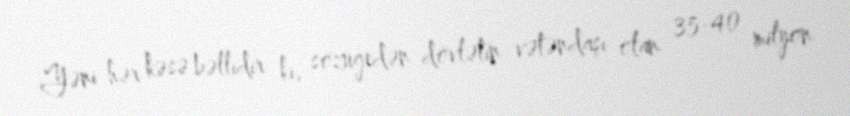
Yəni hər kəsə bəllidir ki, sözügedən dövlətin vətəndaşı olan 35-40 milyon